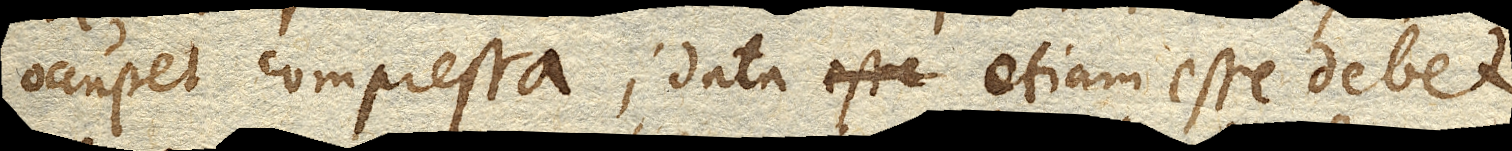
occupet compressa; data etiam esse debet